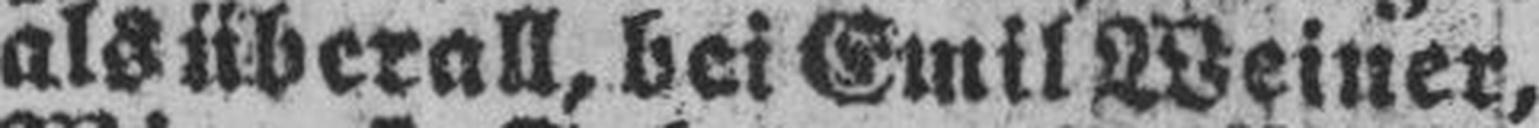
als überall, bei Emil Weiner,